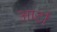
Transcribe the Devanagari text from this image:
आर्टा